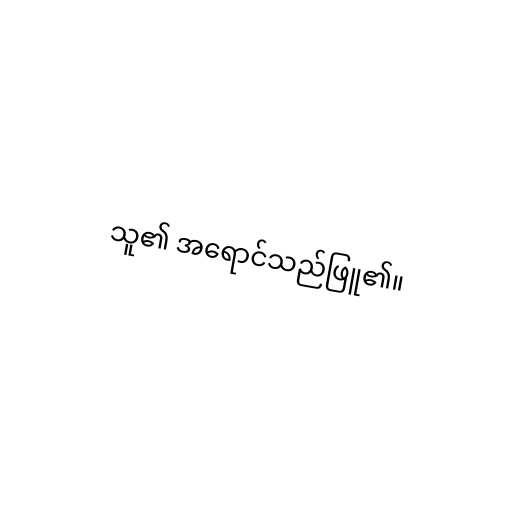
သူ၏ အရောင်သည်ဖြူ၏။